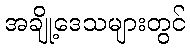
အချို့ဒေသများတွင်